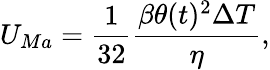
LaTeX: U_{Ma}=\frac{1}{32}\frac{\beta\theta(t)^{2}\Delta T}{\eta},